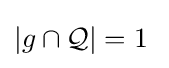
|g\cap {\mathcal {Q}}|=1\;